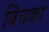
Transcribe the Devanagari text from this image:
बिचका